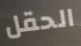
الحقل